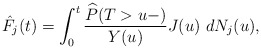
\begin{align*}\hat{F}_j(t) = \int_{0}^{t}\frac{\widehat{{P}}(T>u-)}{Y(u)} J(u) \ dN_{j}(u),\end{align*}